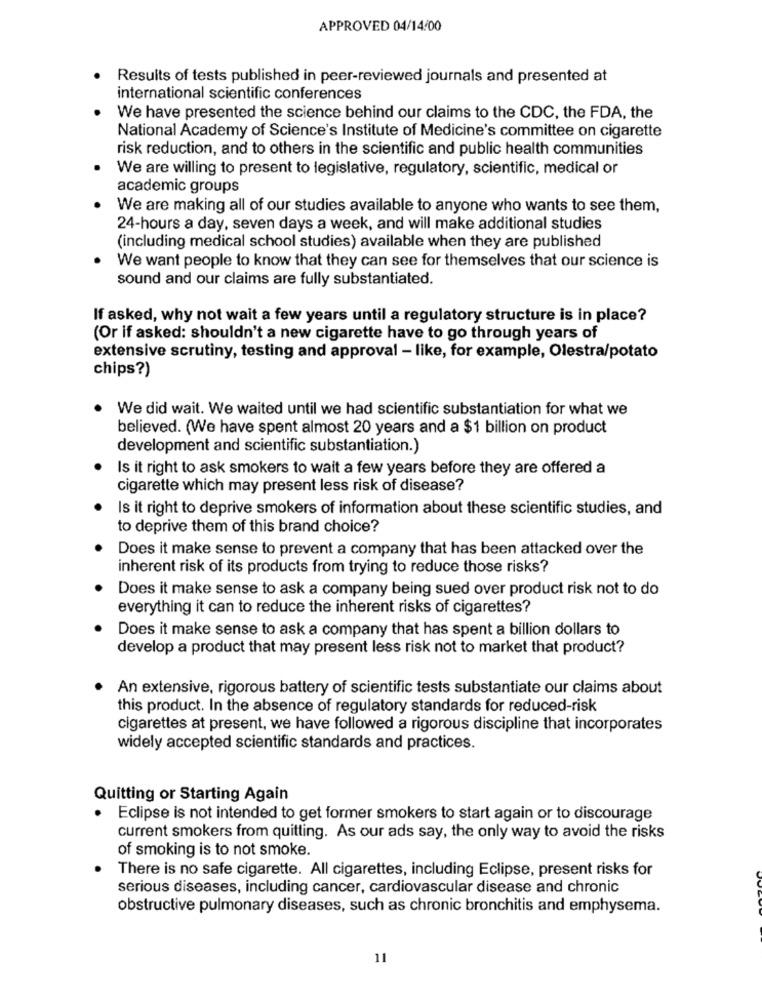
APPROVED 04/14/00
Results of tests published in peer-reviewed journals and presented at
international scientific conferences
We have presented the science behind our claims to the CDC, the FDA, the
National Academy of Science's Institute of Medicine's committee on cigarette
risk reduction, and to others in the scientific and public health communities
We are willing to present to legislative, regulatory, scientific, medical or
academic groups
We are making all of our studies available to anyone who wants to see them,
24-hours a day, seven days a week, and will make additional studies
(including medical school studies) available when they are published
We want people to know that they can see for themselves that our science is
sound and our claims are fully substantiated.
If asked, why not wait a few years until a regulatory structure is in place?
(Or if asked: shouldn't a new cigarette have to go through years of
extensive scrutiny, testing and approval - like, for example, Olestra/potato
chips?)
We did wait. We waited until we had scientific substantiation for what we
believed. (We have spent almost 20 years and a $1 billion on product
development and scientific substantiation.)
Is it right to ask smokers to wait a few years before they are offered a
cigarette which may present less risk of disease?
Is it right to deprive smokers of information about these scientific studies, and
to deprive them of this brand choice?
Does it make sense to prevent a company that has been attacked over the
inherent risk of its products from trying to reduce those risks?
Does it make sense to ask a company being sued over product risk not to do
everything it can to reduce the inherent risks of cigarettes?
Does it make sense to ask a company that has spent a billion dollars to
develop a product that may present less risk not to market that product?
An extensive, rigorous battery of scientific tests substantiate our claims about
this product. In the absence of regulatory standards for reduced-risk
cigarettes at present, we have followed a rigorous discipline that incorporates
widely accepted scientific standards and practices.
Quitting or Starting Again
Eclipse is not intended to get former smokers to start again or to discourage
current smokers from quitting. As our ads say, the only way to avoid the risks
of smoking is to not smoke.
There is no safe cigarette. All cigarettes, including Eclipse, present risks for
serious diseases, including cancer, cardiovascular disease and chronic
obstructive pulmonary diseases, such as chronic bronchitis and emphysema.
11